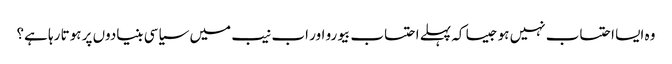
وہ ایسا احتساب نہیں ہو جیسا کہ پہلے احتساب بیورو اور اب نیب میں سیاسی بنیادوں پر ہوتا رہا ہے؟